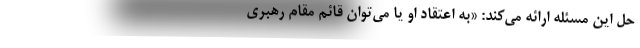
حل این مسئله ارائه می‌کند: «به اعتقاد او یا می‌توان قائم مقام رهبری